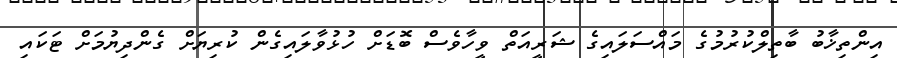
އިންތިޚާބު ބާތިލްކުރުމުގެ މައްސަލައިގެ ޝަރީއަތް ވީހާވެސް ބޮޑަށް ހުޅުވާލައިގެން ކުރިޔަށް ގެންދިޔުމަށް ޓަކައި